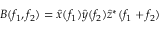
B ( f _ { 1 } , f _ { 2 } ) = \hat { x } ( f _ { 1 } ) \hat { y } ( f _ { 2 } ) \hat { z } ^ { * } ( f _ { 1 } + f _ { 2 } )